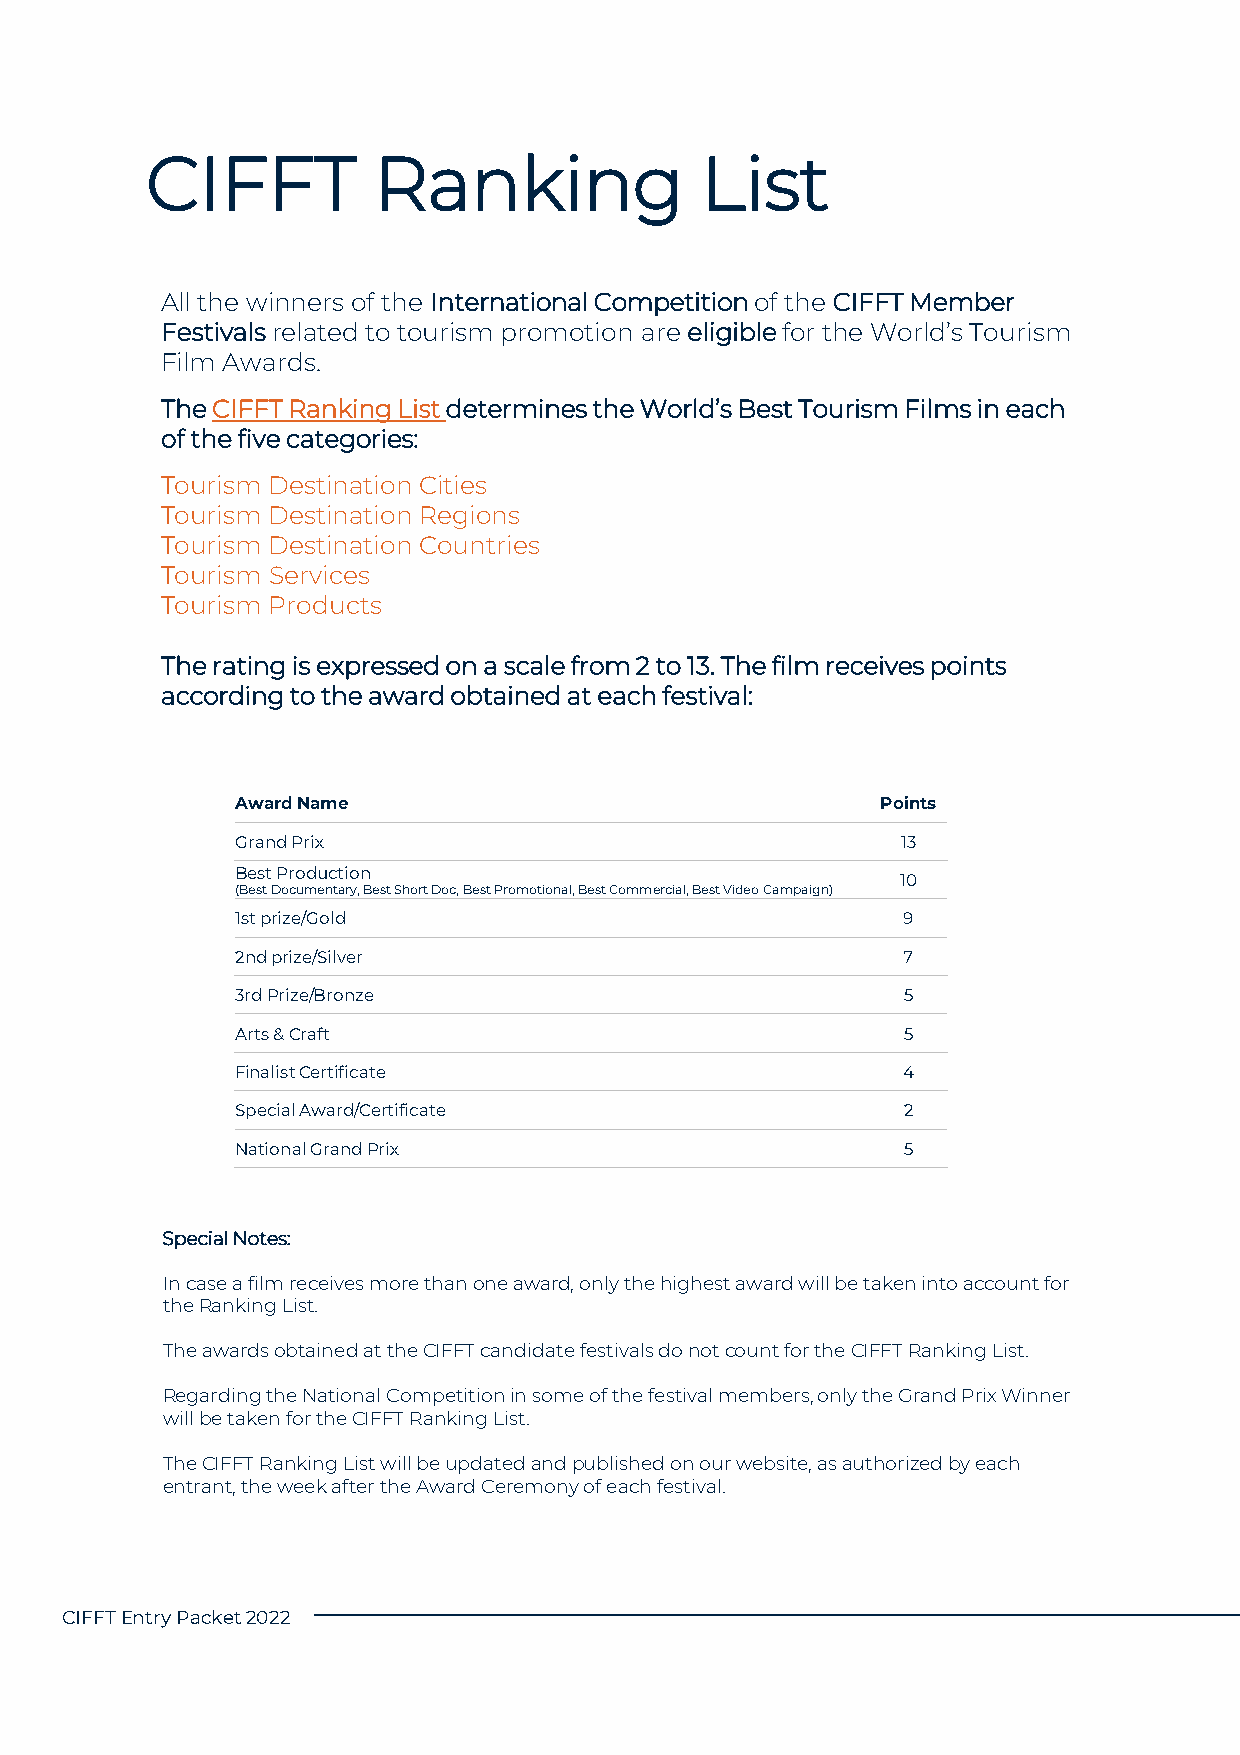
CIFFT          Ranking              List
 All the winners of the International Competition of the CIFFT Member
 Festivalsrelated to tourism promotion are eligiblefor the World’s Tourism
 Film Awards.
 The CIFFT Ranking List determines the World’s Best Tourism Films in each
 of the five categories:
 Tourism Destination Cities
 Tourism Destination Regions
 Tourism Destination Countries
 Tourism Services
 Tourism Products
 The rating is expressed on a scale from 2 to 13. The film receives points
 according to the award obtained at each festival:
 Award Name                                Points
 GrandPrix                                   13
 Best Production
 10
 (Best Documentary, Best Short Doc, Best Promotional, Best Commercial, Best Video Campaign)
 1st prize/Gold                              9
 2nd prize/Silver                            7
 3rd Prize/Bronze                            5
 Arts& Craft                                 5
 FinalistCertificate                         4
 SpecialAward/Certificate                    2
 NationalGrandPrix                           5
 SpecialNotes:
 In case a film receivesmore than oneaward, only thehighestaward willbetakenintoaccountfor
 theRanking List.
 TheawardsobtainedattheCIFFT candidate festivalsdo notcountfor theCIFFT Ranking List.
 RegardingtheNationalCompetitionin some ofthefestival members, only theGrandPrixWinner
 willbetakenfor theCIFFT Ranking List.
 TheCIFFT Ranking Listwillbeupdatedandpublishedonourwebsite, as authorizedbyeach
 entrant, theweekaftertheAward Ceremonyofeachfestival.
 CIFFT EntryPacket2022